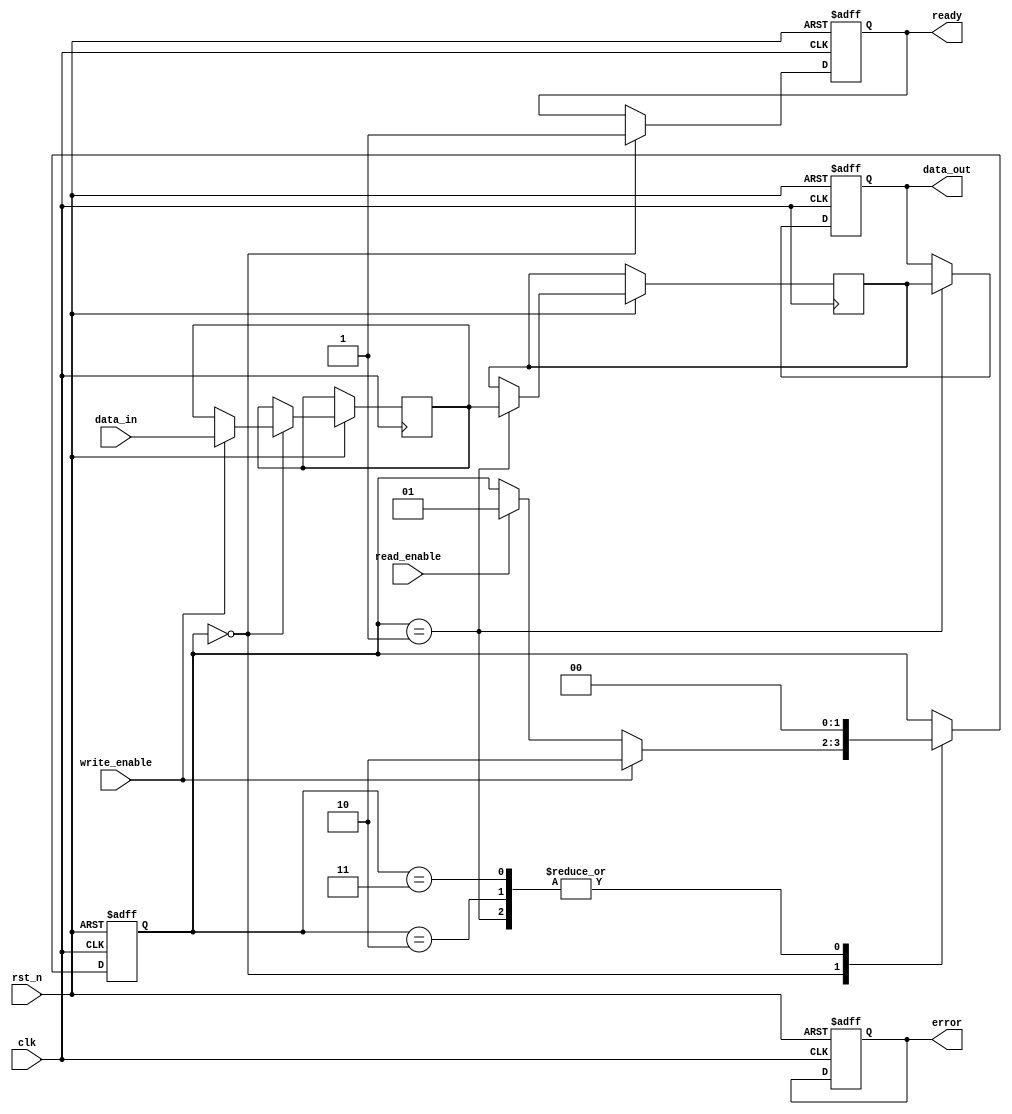
module mlc_nand_io_block (
    input wire clk,                     // Clock signal
    input wire rst_n,                   // Active low reset
    input wire [3:0] data_in,           // Input data (4 bits for 2 bits per cell)
    input wire read_enable,              // Read enable signal
    input wire write_enable,             // Write enable signal
    output reg [3:0] data_out,           // Output data
    output reg ready,                    // Ready signal for I/O operation
    output reg error                     // Error signal
);

// Data Latches
reg [3:0] data_latch;

// Sense Amplifier
reg [3:0] sense_amp;

// Control Logic
reg [1:0] state;                       // State machine for control logic
localparam IDLE = 2'b00,
           READ = 2'b01,
           WRITE = 2'b10,
           ERROR = 2'b11;

// Voltage Level Shifters (not implemented in detail)
wire [3:0] voltage_level_shifted;

// Error Correction Code (ECC) Logic (simplified)
function [3:0] ecc_correct(input [3:0] data);
    // Placeholder for ECC correction logic
    // In a real implementation, this would include ECC algorithms
    ecc_correct = data; // No correction for simplicity
endfunction

// I/O Pads (not implemented in detail)
// This would typically include drive strength and signal integrity considerations

// State Machine for Control Logic
always @(posedge clk or negedge rst_n) begin
    if (!rst_n) begin
        state <= IDLE;
        ready <= 1'b0;
        error <= 1'b0;
        data_out <= 4'b0000;
    end else begin
        case (state)
            IDLE: begin
                ready <= 1'b1;
                if (write_enable) begin
                    data_latch <= data_in; // Capture input data
                    state <= WRITE;
                end else if (read_enable) begin
                    state <= READ;
                end
            end
            
            READ: begin
                sense_amp <= data_latch; // Simulate sense amplifier operation
                data_out <= ecc_correct(sense_amp); // Apply ECC correction
                state <= IDLE;
            end
            
            WRITE: begin
                // Simulate write operation (not implemented)
                // In a real implementation, this would involve writing to NAND cells
                state <= IDLE;
            end
            
            ERROR: begin
                // Handle error state (not implemented)
                state <= IDLE;
            end
            
            default: state <= IDLE;
        endcase
    end
end

endmodule